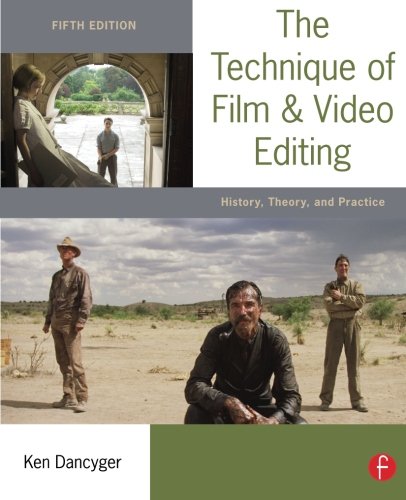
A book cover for The Technique of Film and Video Editing: History, Theory, and Practice; Ken Dancyger; Humor & Entertainment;